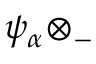
\psi _ { \alpha } \otimes _ { - }